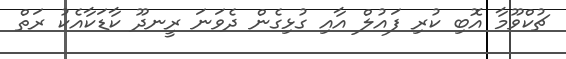
ޗުކްވޫމާ އޮބި ކުރި ފައުލް އާއި ގުޅިގެން ދެވަނަ ރީނދޫ ކާޑަކާއެކު ރަތް